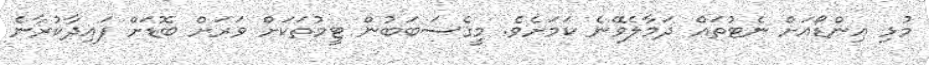
މުޅި އިންޑޯއަށް ނެޓުތައް ދަމާލެވޭނެ ކަމަށެވެ. މީގެސަބަބުން ޓީމުތަކަށް ވަރަށް ބޮޑަށް ފައިދާކުރާނެ